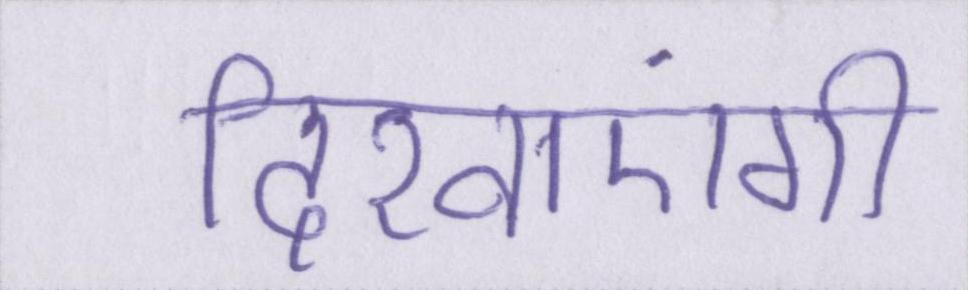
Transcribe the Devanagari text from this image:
दिखाएंगी